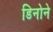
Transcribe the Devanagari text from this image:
डिनोने